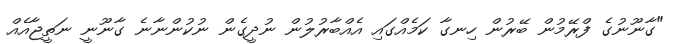
"ގާނޫނުގެ ފްރޭމުން ބޭރުން ހިނގާ ކަމެއްގައި އެއްބާރުލުން ނުދީގެން ނުކުންނާނެ ގާނޫނީ ނަތީޖާއެއް